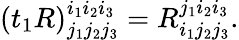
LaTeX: (t_{1}R)_{j_{1}j_{2}j_{3}}^{i_{1}i_{2}i_{3}}=R_{i_{1}j_{2}j_{3}}^{j_{1}i_{2}i_{3}}.